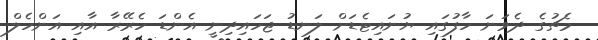
މެޗުގެ ދެވަނަ ހާފުގައި ޔުނައިޓެޑަށް ލަނޑު ޖަހައިދިނީ އެންޑަ ހެރޭރާ އާއި އަންހެލް